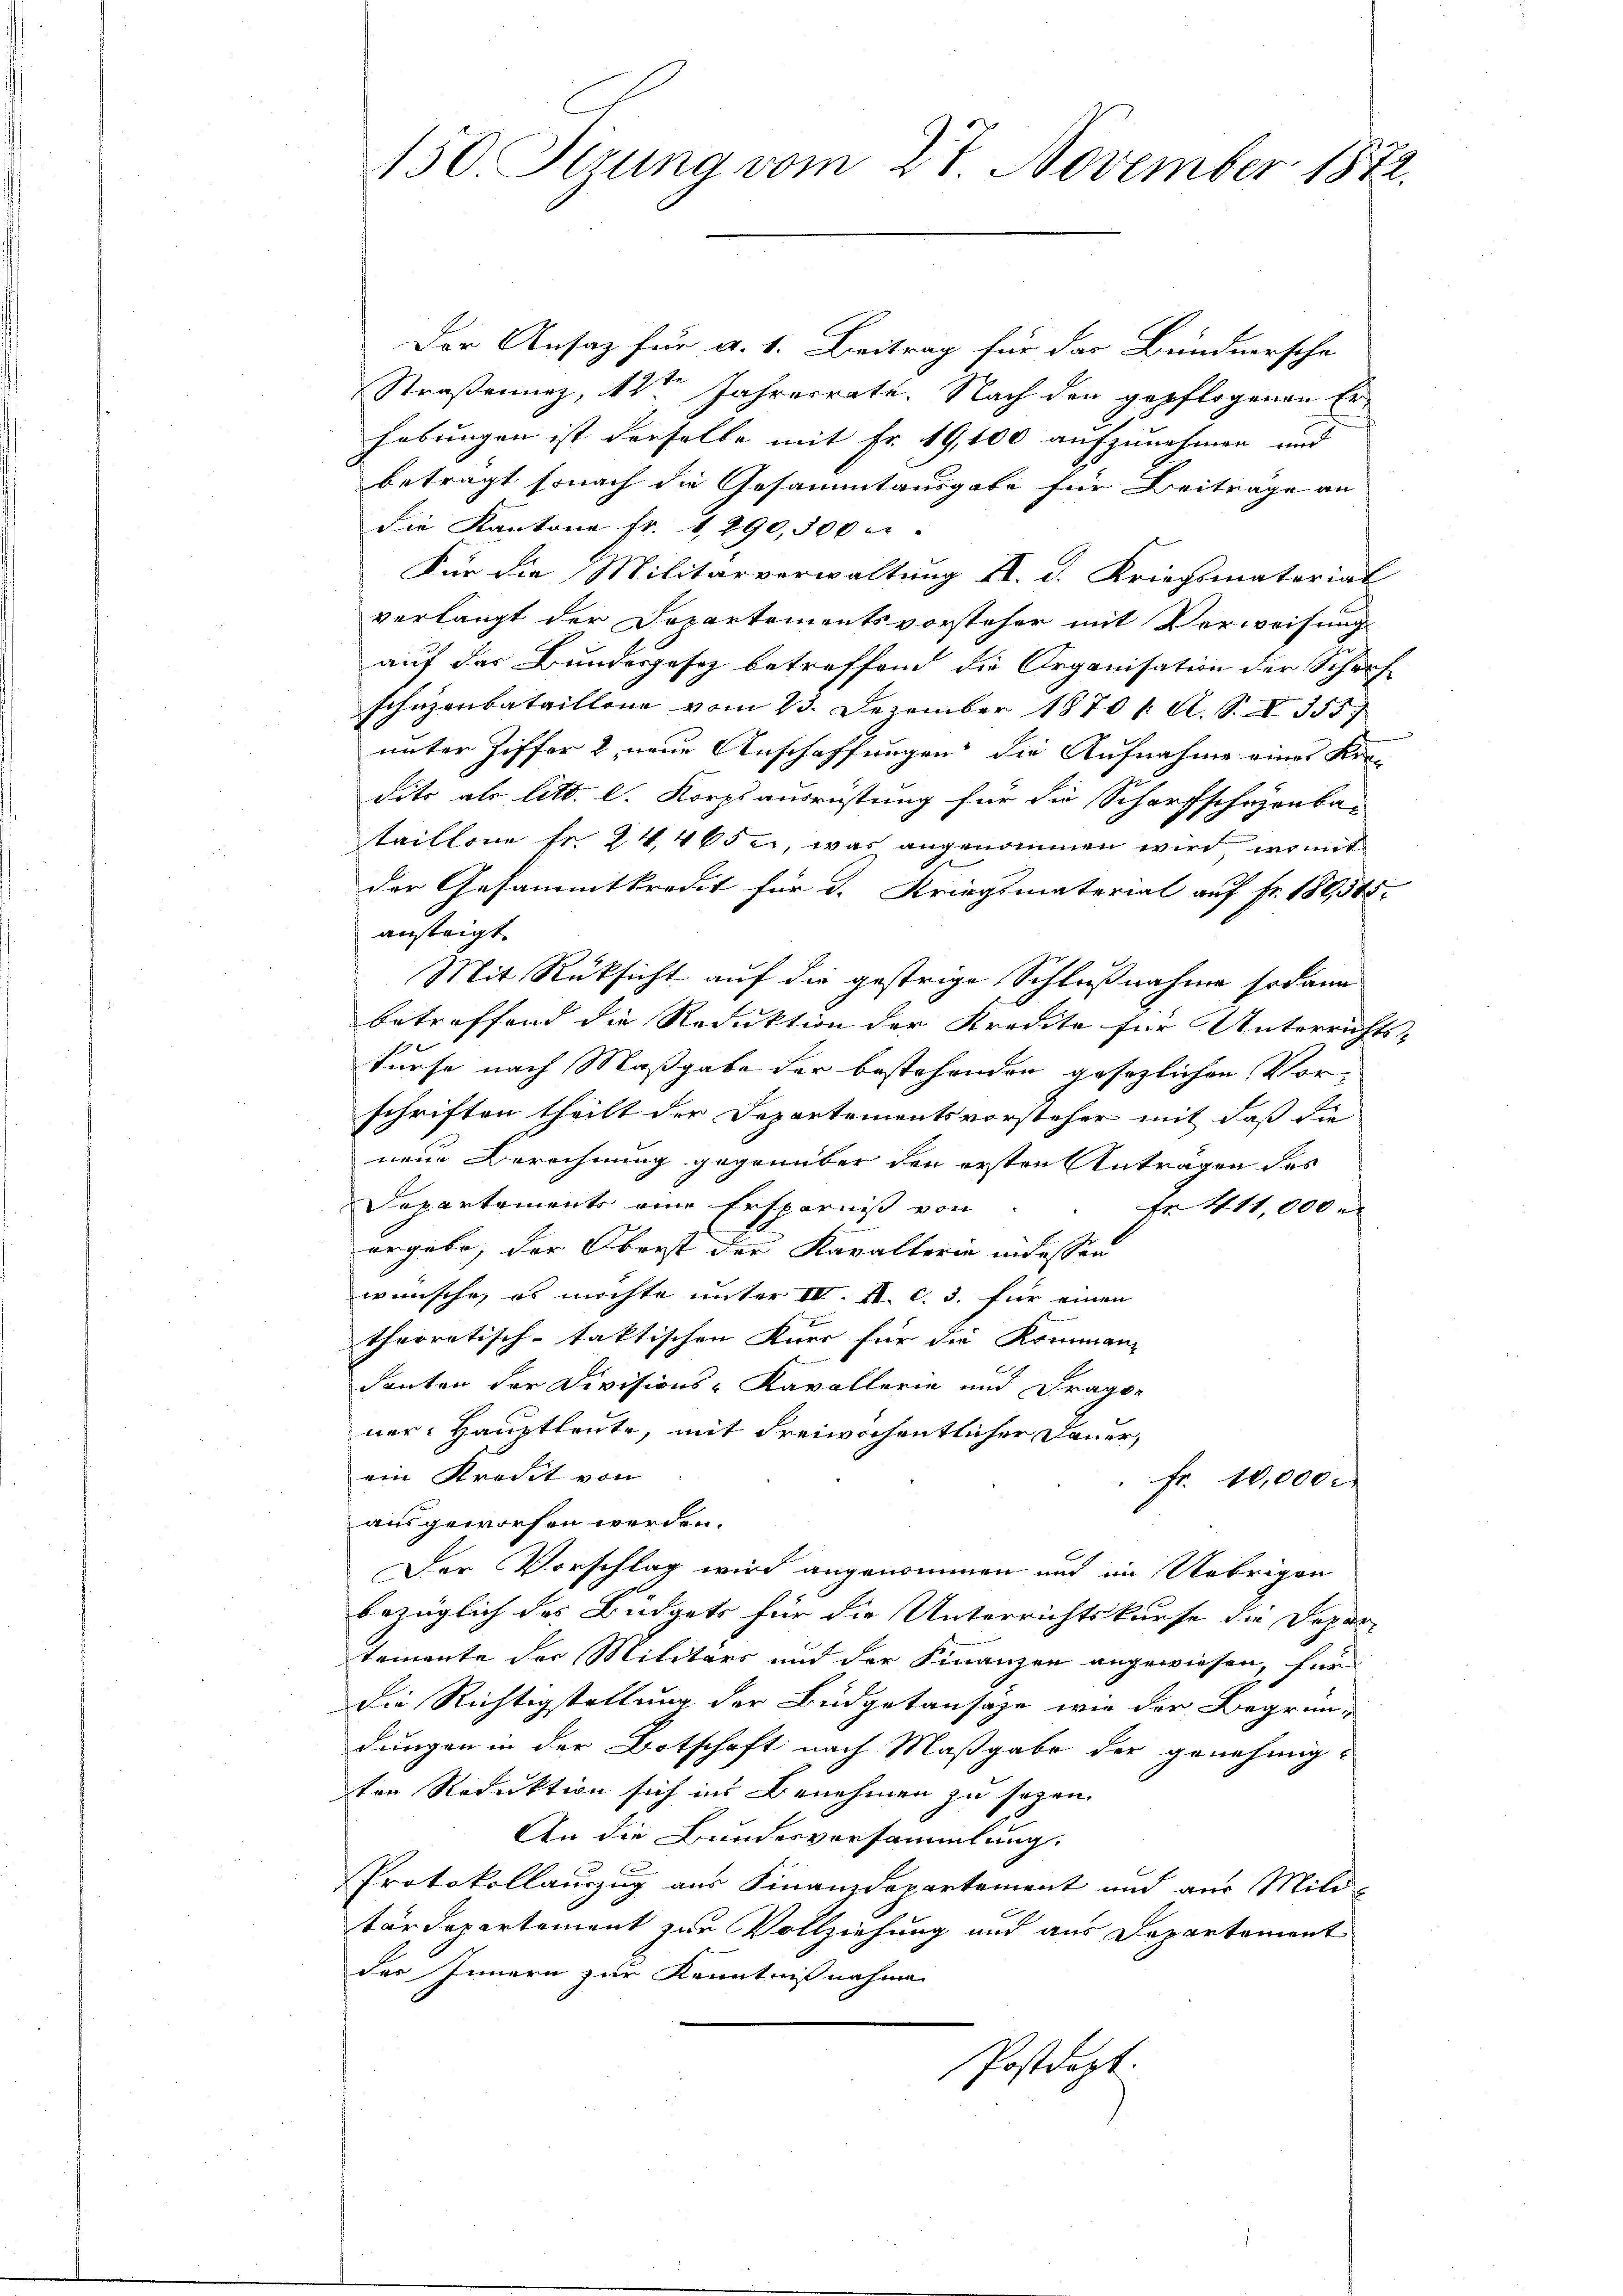
150. Sizung vom 27. November 1872.

Der Ansatz für a. 1. Beitrag für das Bündnersche
Straßenunz, 12ten Jahresrate. Nach den gepflogenen Erhebungen ist derselbe mit Fr. 19,100 aufzunehmen und
betragt sonach die Gesammtausgabe für Beiträge an
die Kantone fr. 1, 290,500 er
Für die Militärverwaltung II. d. Kriegsmaterial
verlangt der Dopartementsvorsteher mit Verweisung
auf das Bundesgesez betreffend die Organisation der Scharf-
schuzenbataillene vom 23. Dezember 18701. A. S. 355.
unter Ziffer 2, neue Anschaffungen die Aufnahme eines Kre-
Sito als litt. l. Korps ausrüstung für die Scharfschehenbar
taillone fr. 24. 465 er, was angenommen wird, womit
der Gesammtkredit für d. Kriegsmaterial auf fr. 186,545.
ansteigt
Mit Rüksicht auf die gestrige Schlußnahme sodann
betreffend die Reduktion der Kredita für Unterrichts-
 f
kurse nach Maßgabe der bestehenden gesezlichen Vor-
schriften theilt der Departementsvorsteher mit daß die
nene Berechnung gegenüber den ersten Antragen des
Departements eine Ersparniß von
Fr. 411,000 m
ergäbe, der Oberst der Kavalterie in dessen
wünsche, es möchte unter III. II. c. 3. für einen
s
therretisch-taktischen Auer für die Rommann
danten der Divisions-Kavallerie und Frage
ner: Hauptleute, mit dreiwöchentlicher Dauer,
ein Kredit von
fr. 10,000.
ausgeworfen werden.
Der Vorschlag wird angenommen und im Uebrigen
bezüglich des Büdgets für die Unterrichtskurse die Dopar-
temente der Militärs und der Finanzen angewiesen, für
die Richtigstellung der Büdgetansaze wie der Begründungen in der Botschaft nach Maßgabe der genehmig-
ten Reduktion sich ins Benehmen zu sehen.
An die Bundesversammlung.
Protokollauszug aus Finanzdepartement und aus Mili-
tärdepartement zur Vollziehung und aus Departement
der Innern zur Kenntnißnahme
Postdept.